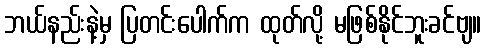
ဘယ်နည်းနဲ့မှ ပြတင်းပေါက်က ထုတ်လို့ မဖြစ်နိုင်ဘူးခင်ဗျ။